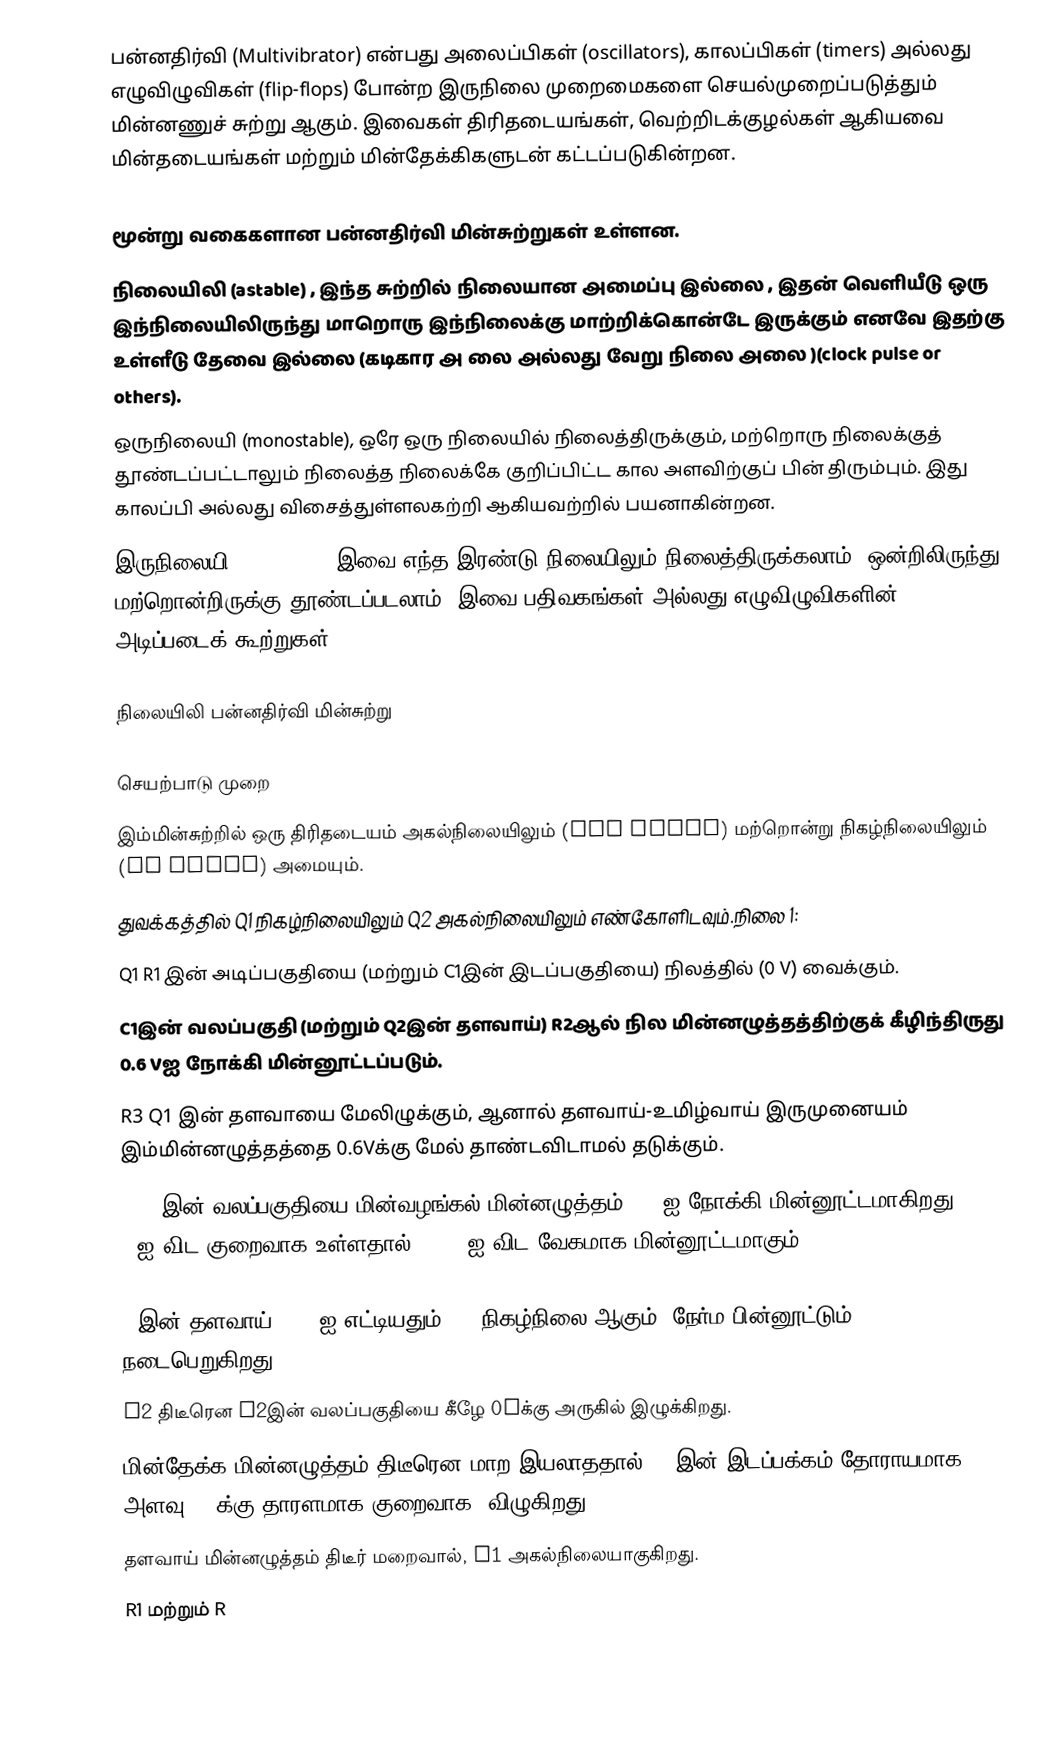
பன்னதிர்வி  (Multivibrator) என்பது அலைப்பிகள் (oscillators), காலப்பிகள் (timers) அல்லது எழுவிழுவிகள் (flip-flops) போன்ற இருநிலை முறைமைகளை செயல்முறைப்படுத்தும் மின்னணுச் சுற்று ஆகும். இவைகள் திரிதடையங்கள், வெற்றிடக்குழல்கள் ஆகியவை மின்தடையங்கள் மற்றும் மின்தேக்கிகளுடன் கட்டப்படுகின்றன.

மூன்று வகைகளான பன்னதிர்வி மின்சுற்றுகள் உள்ளன.
 நிலையிலி (astable) , இந்த சுற்றில் நிலையான அமைப்பு  இல்லை , இதன் வெளியீடு ஒரு இந்நிலையிலிருந்து மாறொரு இந்நிலைக்கு மாற்றிக்கொன்டே  இருக்கும் எனவே இதற்கு உள்ளீடு தேவை இல்லை (கடிகார அ லை அல்லது வேறு நிலை அலை )(clock pulse or others).
 ஒருநிலையி (monostable), ஒரே ஒரு நிலையில் நிலைத்திருக்கும், மற்றொரு நிலைக்குத் தூண்டப்பட்டாலும் நிலைத்த நிலைக்கே குறிப்பிட்ட கால அளவிற்குப் பின் திரும்பும். இது காலப்பி அல்லது விசைத்துள்ளலகற்றி ஆகியவற்றில் பயனாகின்றன.
 இருநிலையி (bistable), இவை எந்த இரண்டு நிலையிலும் நிலைத்திருக்கலாம். ஒன்றிலிருந்து மற்றொன்றிருக்கு தூண்டப்படலாம். இவை பதிவகங்கள் அல்லது எழுவிழுவிகளின் அடிப்படைக் கூற்றுகள்.

நிலையிலி பன்னதிர்வி மின்சுற்று

செயற்பாடு முறை
இம்மின்சுற்றில் ஒரு திரிதடையம் அகல்நிலையிலும் (off state) மற்றொன்று நிகழ்நிலையிலும் (on state) அமையும்.
துவக்கத்தில் Q1 நிகழ்நிலையிலும் Q2 அகல்நிலையிலும் எண்கோளிடவும்.நிலை 1:
 Q1 R1 இன் அடிப்பகுதியை (மற்றும் C1இன் இடப்பகுதியை) நிலத்தில் (0 V) வைக்கும்.
 C1இன் வலப்பகுதி (மற்றும் Q2இன் தளவாய்) R2ஆல் நில மின்னழுத்தத்திற்குக் கீழிந்திருது 0.6 Vஐ நோக்கி மின்னூட்டப்படும்.
 R3 Q1 இன் தளவாயை மேலிழுக்கும், ஆனால் தளவாய்-உமிழ்வாய் இருமுனையம் இம்மின்னழுத்தத்தை 0.6Vக்கு மேல் தாண்டவிடாமல் தடுக்கும்.
 R4 C2இன் வலப்பகுதியை மின்வழங்கல் மின்னழுத்தம் (+V)ஐ நோக்கி மின்னூட்டமாகிறது. R4 R2ஐ விட குறைவாக உள்ளதால், C2 C1ஐ விட வேகமாக மின்னூட்டமாகும்.

Q2இன் தளவாய் 0.6 Vஐ எட்டியதும், Q2 நிகழ்நிலை ஆகும், நேர்ம பின்னூட்டும் (positive feedback) நடைபெறுகிறது.
 Q2 திடீரென C2இன் வலப்பகுதியை கீழே 0Vக்கு அருகில் இழுக்கிறது.
 மின்தேக்க மின்னழுத்தம் திடீரென மாற இயலாததால், C2இன் இடப்பக்கம் தோராயமாக -V அளவு (0Vக்கு தாரளமாக குறைவாக) விழுகிறது.
 தளவாய் மின்னழுத்தம் திடீர் மறைவால், Q1 அகல்நிலையாகுகிறது.
 R1 மற்றும் R